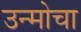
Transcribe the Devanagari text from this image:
उन्मोचा